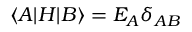
\langle A | H | B \rangle = E _ { A } \delta _ { A B }